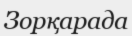
Зорқарада